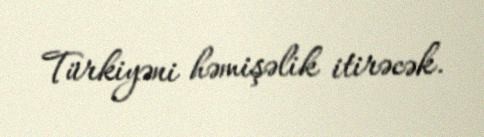
Türkiyəni həmişəlik itirəcək.